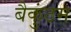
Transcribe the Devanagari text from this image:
बैकुंठम